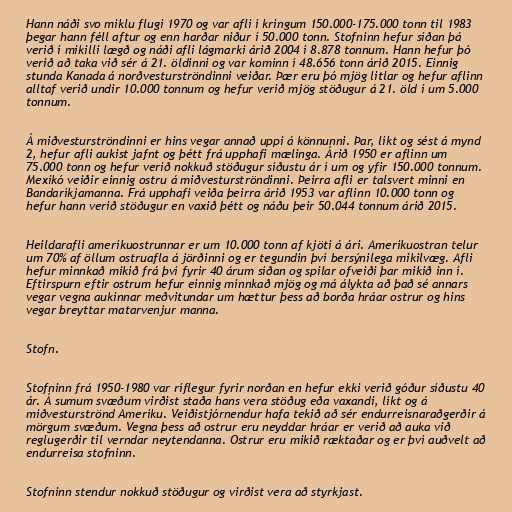
Hann náði svo miklu flugi 1970 og var afli í kringum 150.000-175.000 tonn til 1983
þegar hann féll aftur og enn harðar niður í 50.000 tonn. Stofninn hefur síðan þá
verið í mikilli lægð og náði afli lágmarki árið 2004 í 8.878 tonnum. Hann hefur þó
verið að taka við sér á 21. öldinni og var kominn í 48.656 tonn árið 2015. Einnig
stunda Kanada á norðvesturströndinni veiðar. Þær eru þó mjög litlar og hefur aflinn
alltaf verið undir 10.000 tonnum og hefur verið mjög stöðugur á 21. öld í um 5.000
tonnum.

Á miðvesturströndinni er hins vegar annað uppi á könnunni. Þar, líkt og sést á mynd
2, hefur afli aukist jafnt og þétt frá upphafi mælinga. Árið 1950 er aflinn um
75.000 tonn og hefur verið nokkuð stöðugur síðustu ár í um og yfir 150.000 tonnum.
Mexíkó veiðir einnig ostru á miðvesturströndinni. Þeirra afli er talsvert minni en
Bandaríkjamanna. Frá upphafi veiða þeirra árið 1953 var aflinn 10.000 tonn og
hefur hann verið stöðugur en vaxið þétt og náðu þeir 50.044 tonnum árið 2015.

Heildarafli ameríkuostrunnar er um 10.000 tonn af kjöti á ári. Ameríkuostran telur
um 70% af öllum ostruafla á jörðinni og er tegundin því bersýnilega mikilvæg. Afli
hefur minnkað mikið frá því fyrir 40 árum síðan og spilar ofveiði þar mikið inn í.
Eftirspurn eftir ostrum hefur einnig minnkað mjög og má álykta að það sé annars
vegar vegna aukinnar meðvitundar um hættur þess að borða hráar ostrur og hins
vegar breyttar matarvenjur manna.

Stofn.

Stofninn frá 1950-1980 var ríflegur fyrir norðan en hefur ekki verið góður síðustu 40
ár. Á sumum svæðum virðist staða hans vera stöðug eða vaxandi, líkt og á
miðvesturströnd Ameríku. Veiðistjórnendur hafa tekið að sér endurreisnaraðgerðir á
mörgum svæðum. Vegna þess að ostrur eru neyddar hráar er verið að auka við
reglugerðir til verndar neytendanna. Ostrur eru mikið ræktaðar og er því auðvelt að
endurreisa stofninn.

Stofninn stendur nokkuð stöðugur og virðist vera að styrkjast.